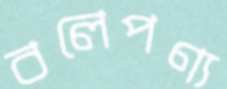
বলেপণ্য